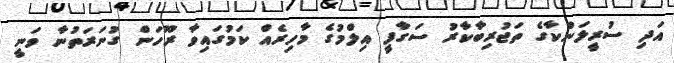
އަދި ސުރީލަންކާގެ ތަޖުރިބާކާރު ސަގާފީ އިލްމުގެ މާހިރެއް ކަމުގައިވާ ރޫހަން ގުނަރަތުނާ ވަނީ